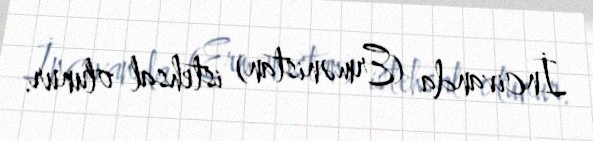
İncivanda (Ermənistan) istehsal olunur.